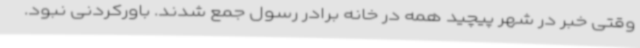
وقتی خبر در شهر پیچید همه در خانه برادر رسول جمع شدند. باورکردنی نبود.